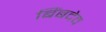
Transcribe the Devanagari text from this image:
बिंबदेव